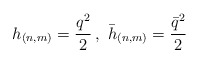
\begin{align*}h_{(n,m)}=\frac{q^{2}}{2}\, ,\, \, \bar{h}_{(n,m)}=\frac{\bar{q}^{2}}{2}\end{align*}